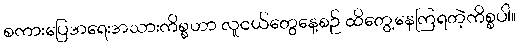
စကားပြေအရေးအသားကိစ္စဟာ လူငယ်တွေနေ့စဉ် ထိတွေ့နေကြရတဲ့ကိစ္စပါ။